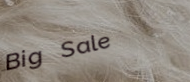
Big Sale